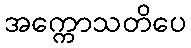
အက္ကောသတိပေ